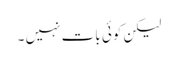
لیکن کوئی بات نہیں ۔